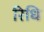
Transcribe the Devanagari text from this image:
रिधि